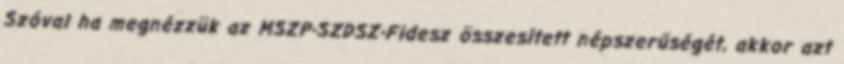
Szóval ha megnézzük az MSZP-SZDSZ-Fidesz összesített népszerűségét, akkor azt